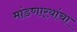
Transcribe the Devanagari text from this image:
मांडणार्‍यांचा